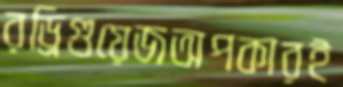
রড্রিগুয়েজঅপকারই